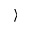
\rangle